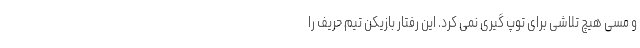
و مسی هیچ تلاشی برای توپ گیری نمی کرد. این رفتار بازیکن تیم حریف را